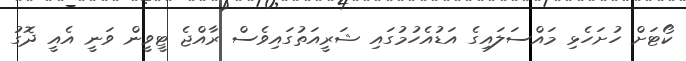
ކޯޓަށް ހުށަހެޅި މައްސަލައިގެ އަޑުއެހުމުގައި ޝަރީއަތުގައިވެސް ރާއްޖެ ޓީވީން ވަނީ އެއީ ދޮގު